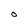
Character: O